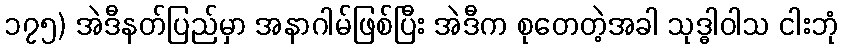
၁၇၅) အဲဒီနတ်ပြည်မှာ အနာဂါမ်ဖြစ်ပြီး အဲဒီက စုတေတဲ့အခါ သုဒ္ဓါဝါသ ငါးဘုံ